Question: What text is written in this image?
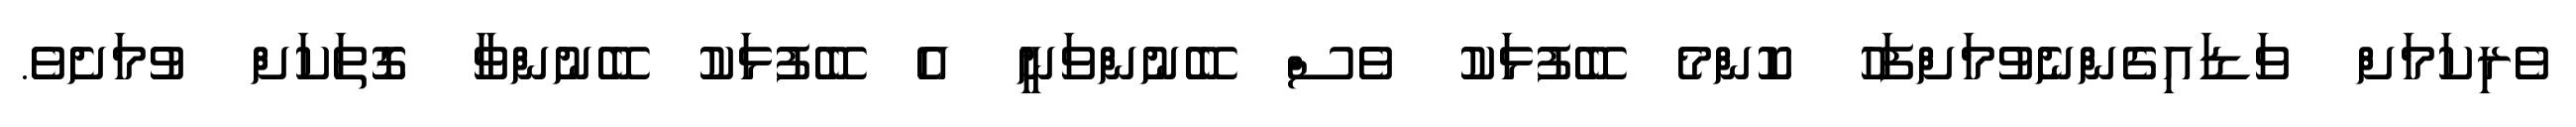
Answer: ވެރިކަމަށް ވަޑައިގެންނެވުމަށްފަހު ކޮންމެ ބޭފުޅަކު ވެސް ބޭނުންވަނީ އެ ބޭފުޅަކު ބޭނުންވާ ގޮތަކަށް ވުމަށެވެ.